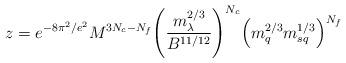
LaTeX: \begin{align*}z = e^{-8\pi^2/e^2} M^{3N_c-N_f}\Bigg(\frac{m_\lambda^{2/3}}{B^{11/12}}\Bigg)^{N_c}\Big(m_q^{2/3} m_{sq}^{1/3}\Big)^{N_f}\end{align*}